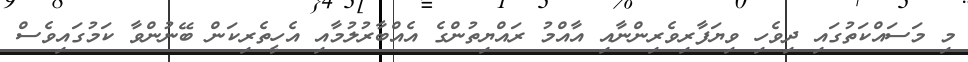
މި މަސައްކަތުގައި ދިވެހި ވިޔަފާރިވެރިންނާއި އާއްމު ރައްޔިތުންގެ އެއްބާރުލުމާއި އެހީތެރިކަން ބޭނުންވާ ކަމުގައިވެސް